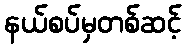
နယ်စပ်မှတစ်ဆင့်